Rangoon Lunatic Asylum 1878-1892 - 1878-1892
Year: 1878
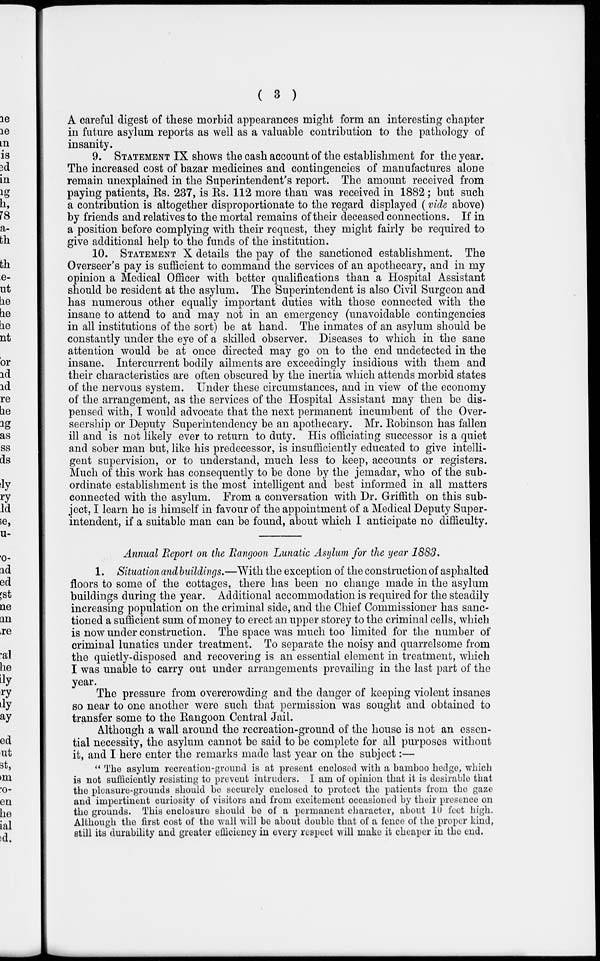
( 3 )
A careful digest of these morbid appearances might form an interesting chapter
in future asylum reports as well as a valuable contribution to the pathology of
insanity.
9. STATEMENT IX shows the cash account of the establishment for the year.
The increased cost of bazar medicines and contingencies of manufactures alone
remain unexplained in the Superintendent's report. The amount received from
paying patients, Rs. 237, is Rs. 112 more than was received in 1882 ; but such
a contribution is altogether disproportionate to the regard displayed (vide above)
by friends and relatives to the mortal remains of their deceased connections. If in
a position before complying with their request, they might fairly be required to
give additional help to the funds of the institution.
10. STATEMENT X details the pay of the sanctioned establishment. The
Overseer's pay is sufficient to command the services of an apothecary, and in my
opinion a Medical Officer with better qualifications than a Hospital Assistant
should be resident at the asylum. The Superintendent is also Civil Surgeon and
has numerous other equally important duties with those connected with the
insane to attend to and may not in an emergency (unavoidable contingencies
in all institutions of the sort) be at hand. The inmates of an asylum should be
constantly under the eye of a skilled observer. Diseases to which in the sane
attention would be at once directed may go on to the end undetected in the
insane. Intercurrent bodily ailments are exceedingly insidious with them and
their characteristics are often obscured by the inertia which attends morbid states
of the nervous system. Under these circumstances, and in view of the economy
of the arrangement, as the services of the Hospital Assistant may then be dis-
pensed with, I would advocate that the next permanent incumbent of the Over-
seership or Deputy Superintendency be an apothecary. Mr. Robinson has fallen
ill and is not likely ever to return to duty. His officiating successor is a quiet
and sober man but, like his predecessor, is insufficiently educated to give intelli-
gent supervision, or to understand, much less to keep, accounts or registers.
Much of this work has consequently to be done by the jemadar, who of the sub-
ordinate establishment is the most intelligent and best informed in all matters
connected with the asylum. From a conversation with Dr. Griffith on this sub-
ject, I learn he is himself in favour of the appointment of a Medical Deputy Super-
intendent, if a suitable man can be found, about which I anticipate no difficulty.
Annual Report on the Rangoon Lunatic Asylum for the year 1883.
1. Situation and buildings.—With the exception of the construction of asphalted
floors to some of the cottages, there has been no change made in the asylum
buildings during the year. Additional accommodation is required for the steadily
increasing population on the criminal side, and the Chief Commissioner has sanc-
tioned a sufficient sum of money to erect an upper storey to the criminal cells, which
is now under construction. The space was much too limited for the number of
criminal lunatics under treatment. To separate the noisy and quarrelsome from
the quietly-disposed and recovering is an essential element in treatment, which
I was unable to carry out under arrangements prevailing in the last part of the
year.
The pressure from overcrowding and the danger of keeping violent insanes
so near to one another were such that permission was sought and obtained to
transfer some to the Rangoon Central Jail.
Although a wall around the recreation-ground of the house is not an essen-
tial necessity, the asylum cannot be said to be complete for all purposes without
it, and I here enter the remarks made last year on the subject:—
" The asylum recreation-ground is at present enclosed with a bamboo hedge, which
is not sufficiently resisting to prevent intruders. I am of opinion that it is desirable that
the pleasure-grounds should be securely enclosed to protect the patients from the gaze
and impertinent curiosity of visitors and from excitement occasioned by their presence on
the grounds. This enclosure should be of a permanent character, about 10 feet high.
Although the first cost of the wall will be about double that of a fence of the proper kind,
still its durability and greater efficiency in every respect will make it cheaper in the end.